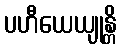
ပဟီယေယျုန္တိ